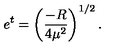
e ^ { t } = \left( \frac { - R } { 4 \mu ^ { 2 } } \right) ^ { 1 / 2 } .